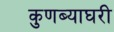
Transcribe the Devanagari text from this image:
कुणब्याघरी